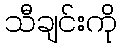
သီချင်းကို